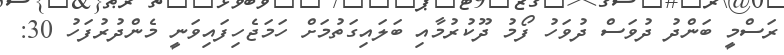
ރަސްމީ ބަންދު ދުވަސް ދުވަހު ފޯމު ދޫކުރުމާއި ބަލައިގަތުމަށް ހަމަޖެހިފައިވަނީ މެންދުރުފަހު 30: